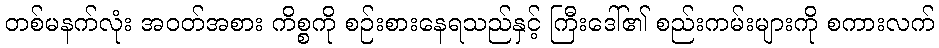
တစ်မနက်လုံး အဝတ်အစား ကိစ္စကို စဉ်းစားနေရသည်နှင့် ကြီးဒေါ်၏ စည်းကမ်းများကို စကားလက်